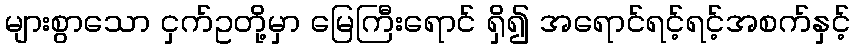
များစွာသော ငှက်ဥတို့မှာ မြေကြီးရောင် ရှိ၍ အရောင်ရင့်ရင့်အစက်နှင့်